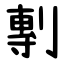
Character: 剸